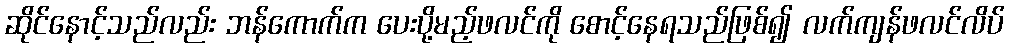
ဆိုင်နောင့်သည်လည်း ဘန်ကောက်က ပေးပို့မည့်ဖလင်ကို စောင့်နေရသည်ဖြစ်၍ လက်ကျန်ဖလင်လိပ်